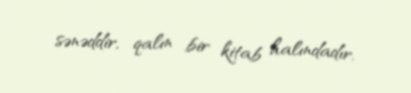
sənəddir, qalın bir kitab halındadır.